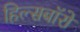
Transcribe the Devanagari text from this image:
हिल्सबॉरो